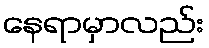
နေရာမှာလည်း